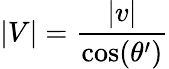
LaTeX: |V|=\frac{|v|}{\textrm{cos}(\theta^{\prime})}